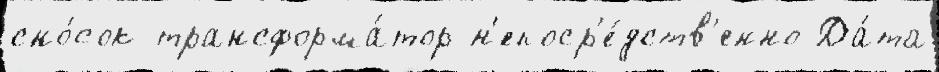
сно́сок трансформа́тор н'епоср'е́дств'енно Да́та